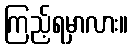
ကြည့်ရမှာလား။